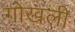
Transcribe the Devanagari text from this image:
गोखली